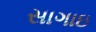
સાગાઇ